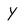
Character: Y